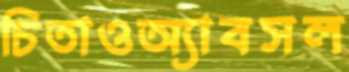
চিতাওঅ্যাবসল